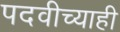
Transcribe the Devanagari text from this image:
पदवीच्याही